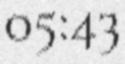
05:43